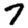
Digit: 7